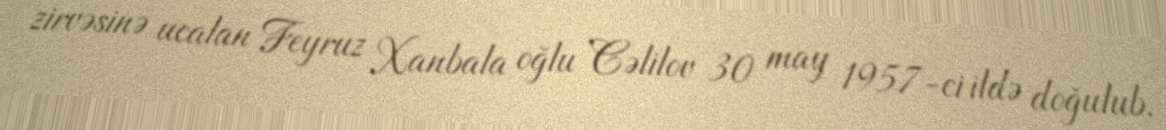
zirvəsinə ucalan Feyruz Xanbala oğlu Cəlilov 30 may 1957-ci ildə doğulub.